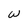
Character: w